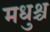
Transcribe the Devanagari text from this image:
मधुश्च